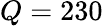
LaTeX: Q=230